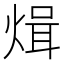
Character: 𭵓